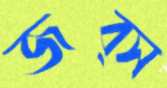
জব্স